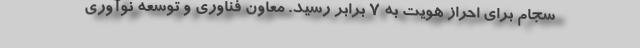
سجام برای احراز هویت به 7 برابر رسید. معاون فناوری و توسعه نوآوری